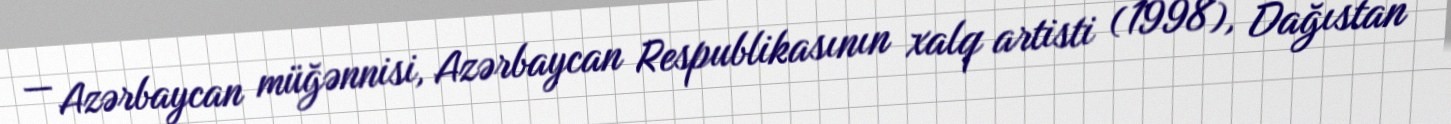
— Azərbaycan müğənnisi, Azərbaycan Respublikasının xalq artisti (1998), Dağıstan